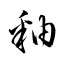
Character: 釉